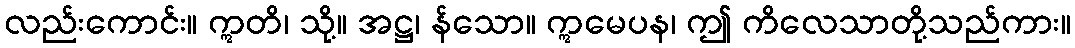
လည်းကောင်း။ ဣတိ၊ သို့။ အဋ္ဌ၊ န်သော။ ဣမေပန၊ ဤ ကိလေသာတို့သည်ကား။